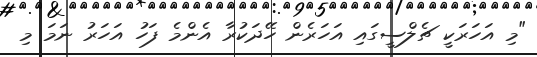
"މި އަހަރަކީ ޗެލްސީގައި އަހަރެން ހޭދަކުރާ އެންމެ ފަހު އަހަރު ނަމަ މި